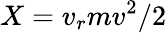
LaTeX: X=v_{r}mv^{2}/2